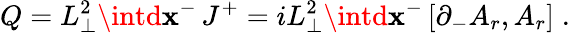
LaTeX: Q=L_{\perp}^{2}\intd\mathbf{x}^{-}\, J^{+}=iL_{\perp}^{2}\intd\mathbf{x}^{-}\left[\partial_{-}A_{r},A_{r}\right]\; .